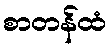
စာတန်ထံ